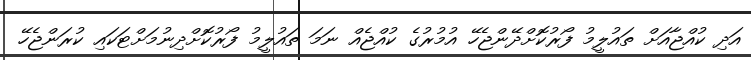
އަދި ކުއްޖާއަށް ތައުލީމު ފޯރުކޮށްދޭންޖެހޭ އުމުރުގެ ކުއްޖެއް ނަމަ ތައުލީމު ފޯރުކޮށްދިނުމަށްޓަކައި ކުރަންޖެހޭ